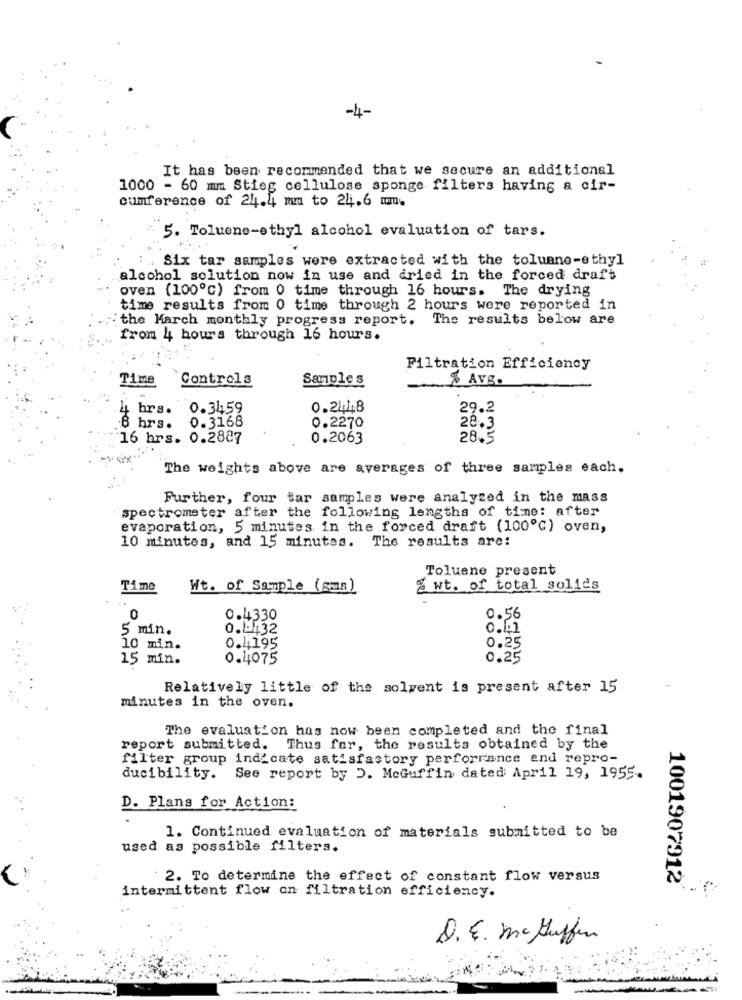
-4-
It has been recommended that we secure an additional
1000 - 60 mm Stieg cellulose sponge filters having a cir-
cumference of 24.4 mm to 24.6 mm.
5. Toluene-ethyl alcohol evaluation of tars.
Six tar samples were extracted with the toluene-ethyl
alcohol solution now in use and dried in the forced draft
oven (100℃) from 0 time through 16 hours. The drying
time results from 0 time through 2 hours were reported in
the March monthly progress report. The results below are
from 4 hours through 16 hours.
Filtration Efficiency
Time
Controls
Samples
% Avg.
br s.
0.3459
0.21:48
29.2
0.3168
0.2270
28.3
.8 hrs.
16 hrs. 0.2887
0.2063
28.5
The weights above are averages of three samples each.
Further, four tar samples were analyzed in the mass
spectrometer after the following lengths of time: after
evaporation, 5 minutes in the forced draft (100℃) oven,
10 minutes, and 15 minutes. The results are:
Toluene present
Time
Wt. of Sample (gms)
wt. of total solids
0
0.4330
0.56
5 min.
0. - 132
0.41
0.25
10 min.
0.4195
15 min.
0.4075
0.25
Relatively little of the solvent is present after 15
minutes in the oven.
The evaluation has now been completed and the final
report submitted.
Thus far, the results obtained by the
filter group indicate satisfactory perforrance and repro-
ducibility.
See report by J. MeGuffin dated April 19, 1955.
D. Plans for Action:
1. Continued evaluation of materials submitted to be
used as possible filters.
2. To determine the effect of constant flow versus
1001907912
intermittent flow on filtration efficiency.
D. E. ma Huffen